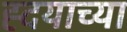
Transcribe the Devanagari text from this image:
ह्दयाच्या